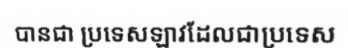
បានជា ប្រទេសឡាវដែលជាប្រទេស